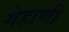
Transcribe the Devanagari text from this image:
गेहाणी